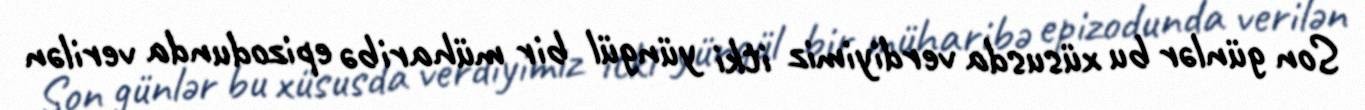
Son günlər bu xüsusda verdiyimiz itki yüngül bir müharibə epizodunda verilən